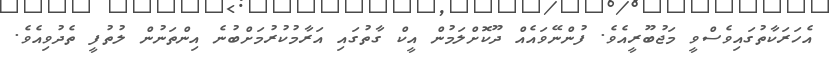
އެހަރަކާތުގައިވެސްވީ މަޖުބޫރީއެވެ. ފުންނޭވައެއް ދޫކޮށްލަމުން އީކް ގާތުގައި އަރާމުކުރުމަށްބުނެ އިންތަނުން ލުތުފީ ތެދުވިއެވެ.